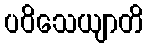
ပဝိသေယျာတိ